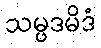
သမ္ပဒမိဒံ